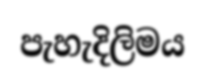
පැහැදිලිමය